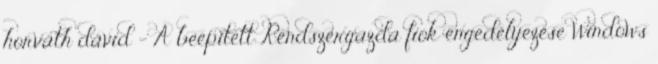
horváth dávid - A beépített Rendszergazda fiók engedélyezése Windows